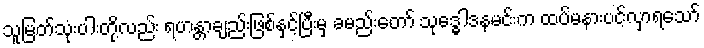
သူမြတ်သုံးပါးတို့လည်း ရဟန္တာချည်းဖြစ်နှင့်ပြီးမှ ခမည်းတော် သုဒ္ဓေါဒနမင်းက ထပ်မနားပင့်လှာရသော်